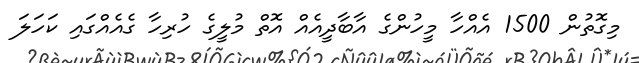
މިގޮތުން 1500 އެއްހާ މީހުންގެ އާބާދީއެއް އޮތް މުލީގެ ހުރިހާ ގެއެއްގައި ކަހަލަ